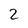
Character: 2